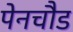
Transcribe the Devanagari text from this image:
पेनचौड